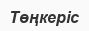
Төңкеріс